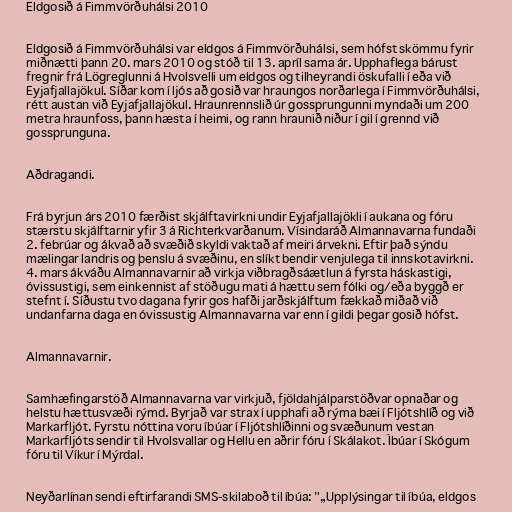
Eldgosið á Fimmvörðuhálsi 2010

Eldgosið á Fimmvörðuhálsi var eldgos á Fimmvörðuhálsi, sem hófst skömmu fyrir
miðnætti þann 20. mars 2010 og stóð til 13. apríl sama ár. Upphaflega bárust
fregnir frá Lögreglunni á Hvolsvelli um eldgos og tilheyrandi öskufalli í eða við
Eyjafjallajökul. Síðar kom í ljós að gosið var hraungos norðarlega í Fimmvörðuhálsi,
rétt austan við Eyjafjallajökul. Hraunrennslið úr gossprungunni myndaði um 200
metra hraunfoss, þann hæsta í heimi, og rann hraunið niður í gil í grennd við
gossprunguna.

Aðdragandi.

Frá byrjun árs 2010 færðist skjálftavirkni undir Eyjafjallajökli í aukana og fóru
stærstu skjálftarnir yfir 3 á Richterkvarðanum. Vísindaráð Almannavarna fundaði
2. febrúar og ákvað að svæðið skyldi vaktað af meiri árvekni. Eftir það sýndu
mælingar landris og þenslu á svæðinu, en slíkt bendir venjulega til innskotavirkni.
4. mars ákváðu Almannavarnir að virkja viðbragðsáætlun á fyrsta háskastigi,
óvissustigi, sem einkennist af stöðugu mati á hættu sem fólki og/eða byggð er
stefnt í. Síðustu tvo dagana fyrir gos hafði jarðskjálftum fækkað miðað við
undanfarna daga en óvissustig Almannavarna var enn í gildi þegar gosið hófst.

Almannavarnir.

Samhæfingarstöð Almannavarna var virkjuð, fjöldahjálparstöðvar opnaðar og
helstu hættusvæði rýmd. Byrjað var strax í upphafi að rýma bæi í Fljótshlíð og við
Markarfljót. Fyrstu nóttina voru íbúar í Fljótshlíðinni og svæðunum vestan
Markarfljóts sendir til Hvolsvallar og Hellu en aðrir fóru í Skálakot. Íbúar í Skógum
fóru til Víkur í Mýrdal.

Neyðarlínan sendi eftirfarandi SMS-skilaboð til íbúa: "„Upplýsingar til íbúa, eldgos